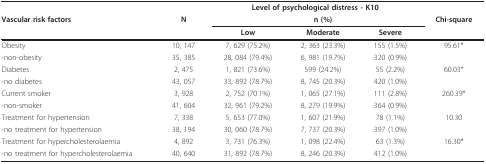
<table><thead><tr><td></td><td></td><td colspan="3"><b>Level of psychological distress - K10</b></td><td></td></tr><tr><td><b>Vascular risk factors</b></td><td><b>N</b></td><td></td><td><b>n (%)</b></td><td></td><td><b>Chi-square</b></td></tr><tr><td></td><td></td><td><b>Low</b></td><td><b>Moderate</b></td><td><b>Severe</b></td><td></td></tr></thead><tbody><tr><td>Obesity</td><td>10, 147</td><td>7, 629 (75.2%)</td><td>2, 363 (23.3%)</td><td>155 (1.5%)</td><td>95.61*</td></tr><tr><td>-non-obesity</td><td>35, 385</td><td>28, 084 (79.4%)</td><td>6, 981 (19.7%)</td><td>320 (0.9%)</td><td></td></tr><tr><td>Diabetes</td><td>2, 475</td><td>1, 821 (73.6%)</td><td>599 (24.2%)</td><td>55 (2.2%)</td><td>60.03*</td></tr><tr><td>-no diabetes</td><td>43, 057</td><td>33, 892 (78.7%)</td><td>8, 745 (20.3%)</td><td>420 (1.0%)</td><td></td></tr><tr><td>Current smoker</td><td>3, 928</td><td>2, 752 (70.1%)</td><td>1, 065 (27.1%)</td><td>111 (2.8%)</td><td>260.39*</td></tr><tr><td>-non-smoker</td><td>41, 604</td><td>32, 961 (79.2%)</td><td>8, 279 (19.9%)</td><td>364 (0.9%)</td><td></td></tr><tr><td>Treatment for hypertension</td><td>7, 338</td><td>5, 653 (77.0%)</td><td>1, 607 (21.9%)</td><td>78 (1.1%)</td><td>10.30</td></tr><tr><td>-no treatment for hypertension</td><td>38, 194</td><td>30, 060 (78.7%)</td><td>7, 737 (20.3%)</td><td>397 (1.0%)</td><td></td></tr><tr><td>Treatment for hypercholesterolaemia</td><td>4, 892</td><td>3, 731 (76.3%)</td><td>1, 098 (22.4%)</td><td>63 (1.3%)</td><td>16.30*</td></tr><tr><td>-no treatment for hypercholesterolaemia</td><td>40, 640</td><td>31, 892 (78.7%)</td><td>8, 246 (20.3%)</td><td>412 (1.0%)</td><td></td></tr></tbody></table>